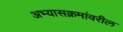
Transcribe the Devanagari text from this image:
अभ्यासक्रमांवरील